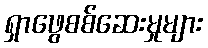
ရှာဖွေစစ်ဆေးမှုများ